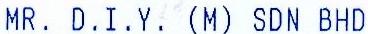
MR. D.I.Y. (M) SDN BHD